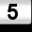
Digit: 5